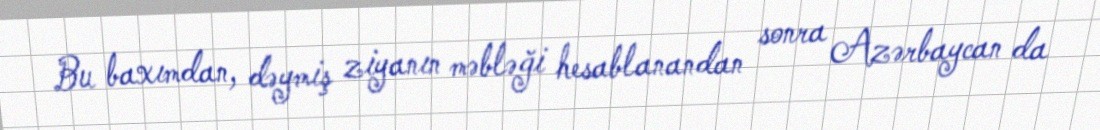
Bu baxımdan, dəymiş ziyanın məbləği hesablanandan sonra Azərbaycan da